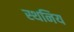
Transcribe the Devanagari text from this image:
स्थनिय